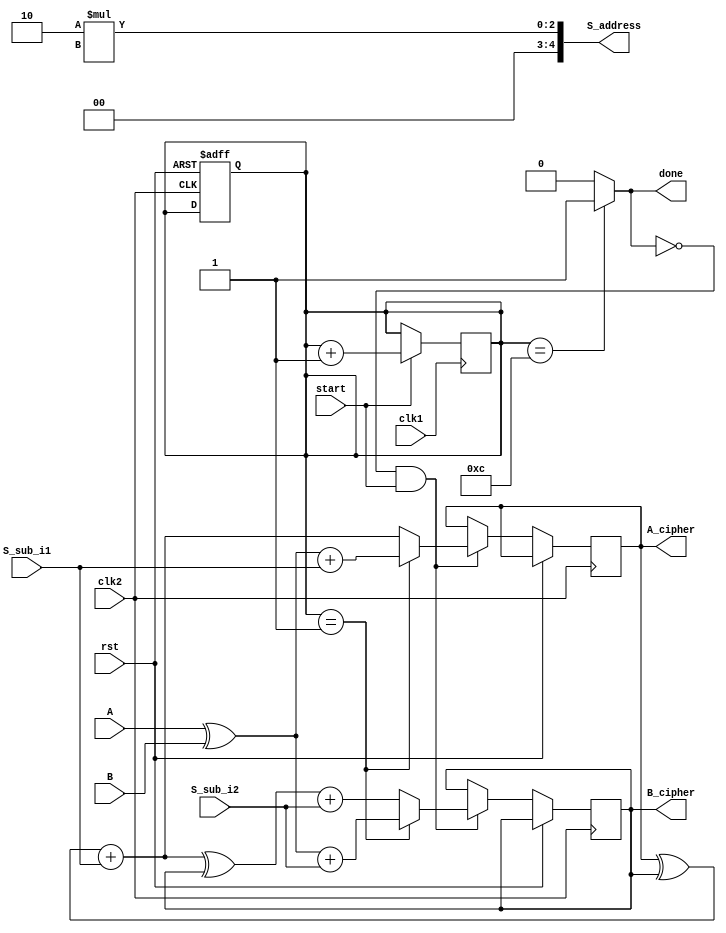
module cipher
#(
	parameter r = 12,
	parameter t = 26,
	parameter w = 32
)

(
	input clk1,
	input clk2,
	input rst,
	//
	input start,
	input [w-1:0] A,
	input [w-1:0] B,
	input [w-1:0] S_sub_i1,
	input [w-1:0] S_sub_i2,
	output [t_length-1:0] S_address,
	output done,
	output reg [w-1:0] A_cipher,
	output reg [w-1:0] B_cipher
);

	parameter r_length = $clog2(r);
	parameter t_length = $clog2(t);

	reg [r_length:0] countCipher;
	reg i;

	assign done = (countCipher == r) ? 1:0;
	assign  S_address = 2*i;

	always @(posedge clk2 or posedge rst) begin
		
		if (rst) begin
			countCipher = 0;
		end

		else if (!done && start) begin
			if (countCipher == 1) begin
				A_cipher = (A ^ B) + S_sub_i1;
				B_cipher = (A ^ B) + S_sub_i2;
			end
			else begin
				A_cipher = (A_cipher ^ B_cipher) + S_sub_i1;
				B_cipher = (A_cipher ^ B_cipher) + S_sub_i2;	
			end
			
		end
	end

	always @(posedge clk1) begin
		if(start) begin
			countCipher = countCipher+1;
		end
	end

endmodule